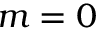
m = 0